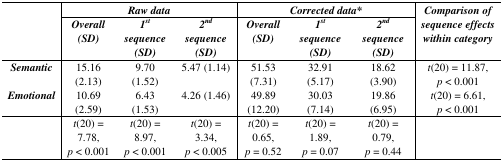
| <ROWSPAN=2>  | <COLSPAN=3> Raw data | <COLSPAN=3> Corrected data* | <ROWSPAN=2> Comparison of sequence effects within category |
 | Overall (SD) | 1st sequence (SD) | 2nd sequence (SD) | Overall (SD) | 1st sequence (SD) | 2nd sequence (SD) |
 | --- | --- | --- | --- | --- | --- | --- | --- |
 | Semantic | 15.16 (2.13) | 9.70 (1.52) | 5.47 (1.14) | 51.53 (7.31) | 32.91 (5.17) | 18.62 (3.90) | t(20) = 11.87, p < 0.001 |
 | Emotional | 10.69 (2.59) | 6.43 (1.53) | 4.26 (1.46) | 49.89 (12.20) | 30.03 (7.14) | 19.86 (6.95) | t(20) = 6.61, p < 0.001 |
 |  | t(20) = 7.78, p < 0.001 | t(20) = 8.97, p < 0.001 | t(20) = 3.34, p < 0.005 | t(20) = 0.65, p = 0.52 | t(20) = 1.89, p = 0.07 | t(20) = 0.79, p = 0.44 |  |